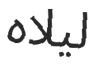
ليلاه